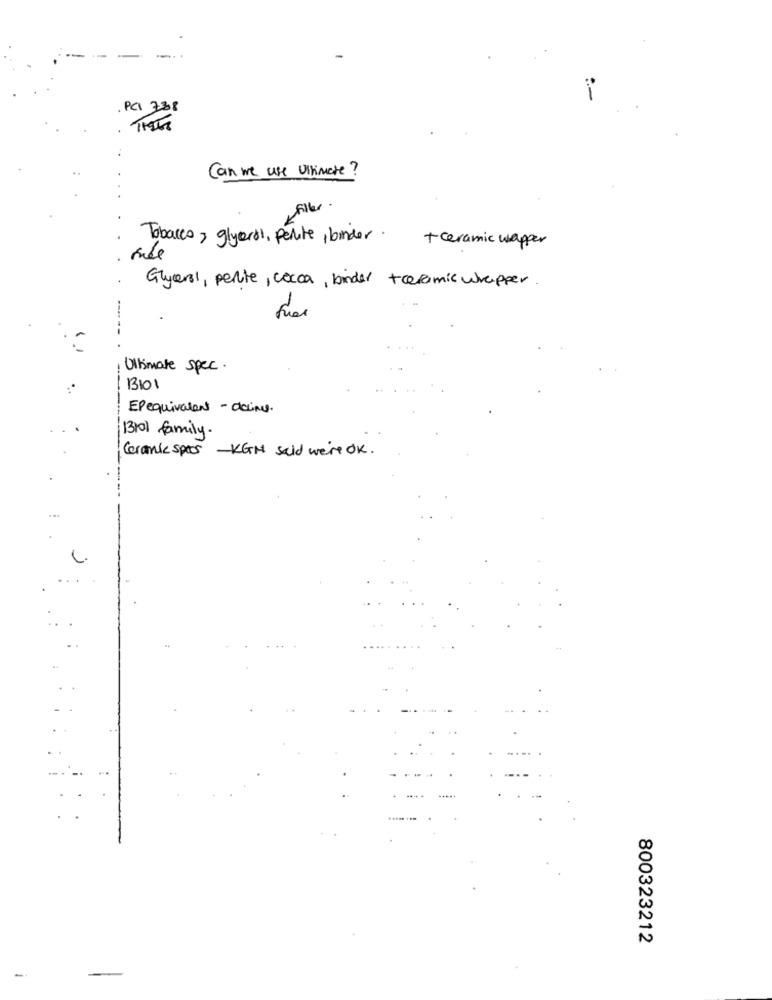
PCI 738
Can we use Ultimate?
filler
Tobacco , glycerol, perute , binder.
+ ceramic wapper
mel
Glycerol, perte, cocoa, kinder +ceramic wrapper
fuer
Ultimate spec.
13101
EPequivalent - deling.
13101 family.
Gerank specs - KGH said we're OK .
800323212